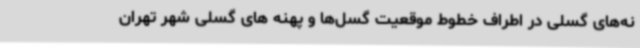
نه‌های گسلی در اطراف خطوط موقعیت گسل‌ها و پهنه های گسلی شهر تهران